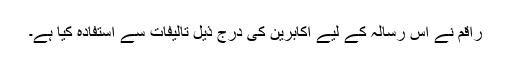
راقم نے اس رسالہ کے لیے اکابرین کی درج ذیل تالیفات سے استفادہ کیا ہے۔